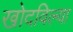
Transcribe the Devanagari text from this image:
खोदविल्या